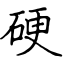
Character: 硬